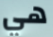
هي